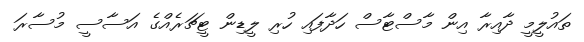
ތައުލީމީ ދާއިރާ އިން މާސްޓާސް ހަދާފައި ހުރި ލީޑިން ޓީޗަރެއްގެ އަސާސީ މުސާރަ